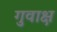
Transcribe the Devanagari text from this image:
गुवाक्ष